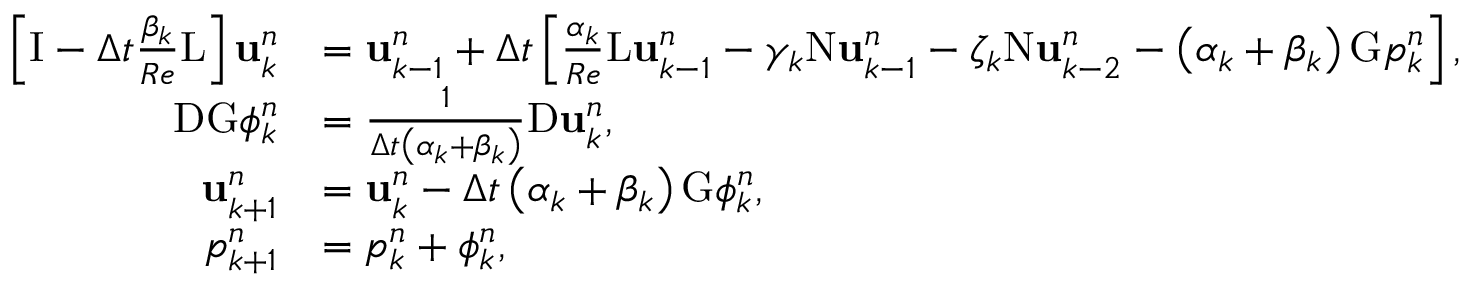
\begin{array} { r l } { \left[ \mathrm { I } - \Delta t \frac { \beta _ { k } } { R e } \mathrm { L } \right] \mathbf { u } _ { k } ^ { n } } & { = \mathbf { u } _ { k - 1 } ^ { n } + \Delta t \left[ \frac { \alpha _ { k } } { R e } \mathrm { L } \mathbf { u } _ { k - 1 } ^ { n } - \gamma _ { k } \mathrm { N } \mathbf { u } _ { k - 1 } ^ { n } - \zeta _ { k } \mathrm { N } \mathbf { u } _ { k - 2 } ^ { n } - \left( \alpha _ { k } + \beta _ { k } \right) \mathrm { G } p _ { k } ^ { n } \right] , } \\ { \mathrm { D G } \phi _ { k } ^ { n } } & { = \frac { 1 } { \Delta t \left( \alpha _ { k } + \beta _ { k } \right) } \mathrm { D } \mathbf { u } _ { k } ^ { n } , } \\ { \mathbf { u } _ { k + 1 } ^ { n } } & { = \mathbf { u } _ { k } ^ { n } - \Delta t \left( \alpha _ { k } + \beta _ { k } \right) \mathrm { G } \phi _ { k } ^ { n } , } \\ { p _ { k + 1 } ^ { n } } & { = p _ { k } ^ { n } + \phi _ { k } ^ { n } , } \end{array}